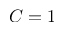
C = 1